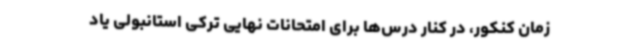
زمان کنکور، در کنار درس‌ها برای امتحانات نهایی ترکی استانبولی یاد